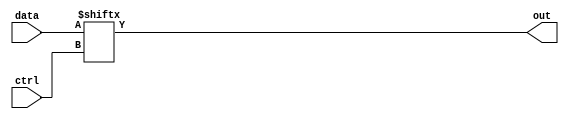
module mux_2to1(
data,
ctrl,
out
);
input [1:0] data;
input ctrl;
output out;
assign out = data[ctrl];
endmodule